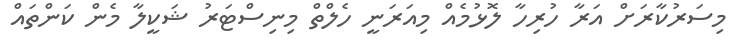
މިސަރުކާރަށް އަރާ ހުރިހާ ލޮޅުމެއް މިއަރަނީ ހެލްތް މިނިސްޓަރު ޝަކީލާ މެން ކަންތައް